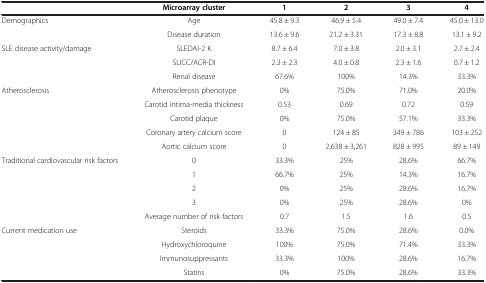
<table><thead><tr><td><b> </b></td><td><b>Microarray cluster</b></td><td><b>1</b></td><td><b>2</b></td><td><b>3</b></td><td><b>4</b></td></tr></thead><tbody><tr><td rowspan="2">Demographics</td><td>Age</td><td>45.8 ± 9.3</td><td>46.9 ± 5.4</td><td>49.0 ± 7.4</td><td>45.0 ± 13.0</td></tr><tr><td>Disease duration</td><td>13.6 ± 9.6</td><td>21.2 ± 3.31</td><td>17.3 ± 8.8</td><td>13.1 ± 9.2</td></tr><tr><td rowspan="3">SLE disease activity/damage</td><td>SLEDAI-2 K</td><td>8.7 ± 6.4</td><td>7.0 ± 3.8</td><td>2.0 ± 3.1</td><td>2.7 ± 2.4</td></tr><tr><td>SLICC/ACR-DI</td><td>2.3 ± 2.3</td><td>4.0 ± 0.8</td><td>2.3 ± 1.6</td><td>0.7 ± 1.2</td></tr><tr><td>Renal disease</td><td>67.6%</td><td>100%</td><td>14.3%</td><td>33.3%</td></tr><tr><td rowspan="5">Atherosclerosis</td><td>Atherosclerosis phenotype</td><td>0%</td><td>75.0%</td><td>71.0%</td><td>20.0%</td></tr><tr><td>Carotid intima-media thickness</td><td>0.53</td><td>0.69</td><td>0.72</td><td>0.59</td></tr><tr><td>Carotid plaque</td><td>0%</td><td>75.0%</td><td>57.1%</td><td>33.3%</td></tr><tr><td>Coronary artery calcium score</td><td>0</td><td>124 ± 85</td><td>349 ± 786</td><td>103 ± 252</td></tr><tr><td>Aortic calcium score</td><td>0</td><td>2,638 ± 3,261</td><td>828 ± 995</td><td>89 ± 149</td></tr><tr><td rowspan="5">Traditional cardiovascular risk factors</td><td>0</td><td>33.3%</td><td>25%</td><td>28.6%</td><td>66.7%</td></tr><tr><td>1</td><td>66.7%</td><td>25%</td><td>14.3%</td><td>16.7%</td></tr><tr><td>2</td><td>0%</td><td>25%</td><td>28.6%</td><td>16.7%</td></tr><tr><td>3</td><td>0%</td><td>25%</td><td>28.6%</td><td>0%</td></tr><tr><td>Average number of risk factors</td><td>0.7</td><td>1.5</td><td>1.6</td><td>0.5</td></tr><tr><td rowspan="4">Current medication use</td><td>Steroids</td><td>33.3%</td><td>75.0%</td><td>28.6%</td><td>0.0%</td></tr><tr><td>Hydroxychloroquine</td><td>100%</td><td>75.0%</td><td>71.4%</td><td>33.3%</td></tr><tr><td>Immunosuppressants</td><td>33.3%</td><td>100%</td><td>28.6%</td><td>16.7%</td></tr><tr><td>Statins</td><td>0%</td><td>75.0%</td><td>28.6%</td><td>33.3%</td></tr></tbody></table>